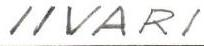
IIVARI